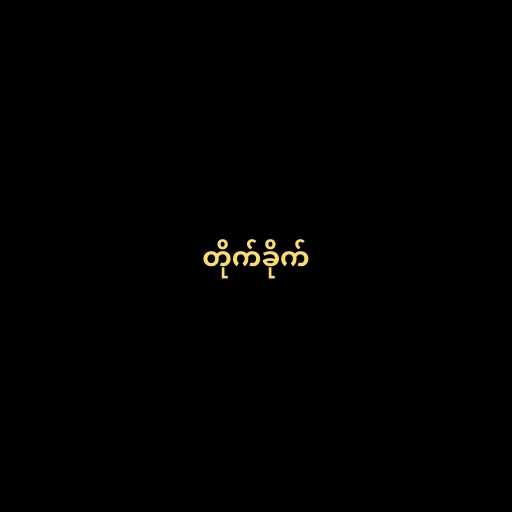
တိုက်ခိုက်